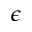
\epsilon